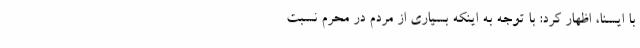
با ایسنا، اظهار کرد: با توجه به اینکه بسیاری از مردم در محرم نسبت